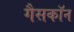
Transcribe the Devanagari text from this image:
गैसकॉन